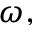
\omega ,